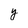
Character: y